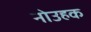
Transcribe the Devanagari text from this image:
नोउहक